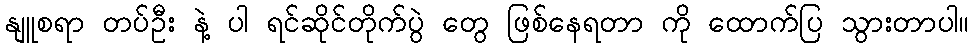
နျူစရာ တပ်ဦး နဲ့ ပါ ရင်ဆိုင်တိုက်ပွဲ တွေ ဖြစ်နေရတာ ကို ထောက်ပြ သွားတာပါ။